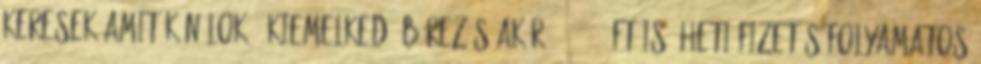
keresek.Amit kínálok: -kiemelkedő bérezés akár 240.000.-Ft is -heti fizetés-folyamatos